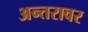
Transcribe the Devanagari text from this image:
अन्तरावर